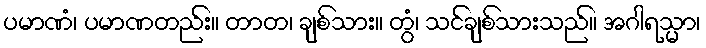
ပမာဏံ၊ ပမာဏတည်း။ တာတ၊ ချစ်သား။ တွံ၊ သင်ချစ်သားသည်။ အဂါရသ္မာ၊